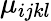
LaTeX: \mu_{ijkl}